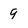
Character: 9